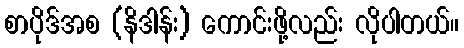
စာပိုဒ်အစ (နိဒါန်း) ကောင်းဖို့လည်း လိုပါတယ်။